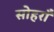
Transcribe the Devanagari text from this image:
सोहराँ